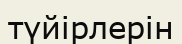
түйірлерін